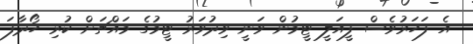
އެ ފަހަރުވެސް ފީއަލީ ޓީމުން ވަނީ ވިދުވަރު ޓީމުގެ މައްޗަށް ކުރި ހޯދާފަ